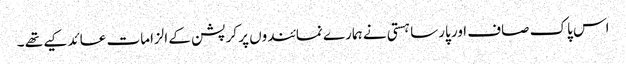
اس پاک صاف اور پارسا ہستی نے ہمارے نمائندوں پر کرپشن کے الزامات عائد کیے تھے ۔